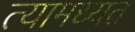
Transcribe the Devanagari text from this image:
त्यामध्यत